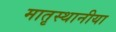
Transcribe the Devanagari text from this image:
मातृस्थानीया